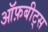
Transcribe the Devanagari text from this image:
ऑफ़बीट्स